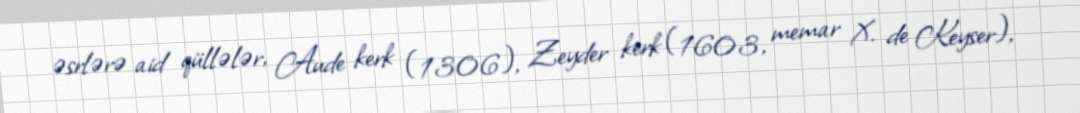
əsrlərə aid qüllələr, Aude kerk (1306), Zeyder kerk (1603, memar X. de Keyser),